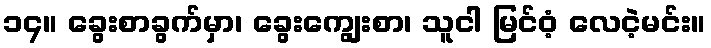
၁၄။ ခွေးစာခွက်မှာ၊ ခွေးကျွေးစာ၊ သူငါ မြင်ဝံ့ လေငဲ့မင်း။